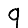
Digit: 9